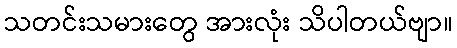
သတင်းသမားတွေ အားလုံး သိပါတယ်ဗျာ။